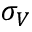
\sigma _ { V }